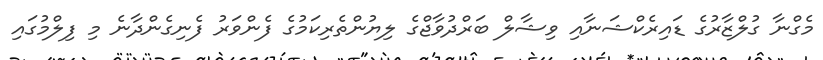
މެގްނާ ގުލްޒާރުގެ ޑައިރެކްޝަނާއި ވިޝާލް ބަރްދުވާޖްގެ ލިޔުންތެރިކަމުގެ ފެންވަރު ފެނިގެންދާނެ މި ފިލްމުގައި